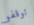
توقفو